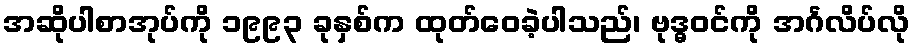
အဆိုပါစာအုပ်ကို ၁၉၉၃ ခုနှစ်က ထုတ်ဝေခဲ့ပါသည်၊ ဗုဒ္ဓဝင်ကို အင်္ဂလိပ်လို